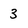
Character: 3